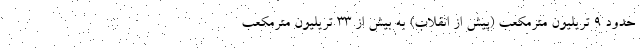
حدود ۹ تریلیون مترمکعب (پیش از انقلاب) به بیش از ۳۳ تریلیون مترمکعب